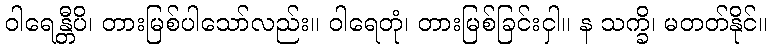
ဝါရေန္တီပိ၊ တားမြစ်ပါသော်လည်း။ ဝါရေတုံ၊ တားမြစ်ခြင်းငှါ။ န သက္ခိ၊ မတတ်နိုင်။